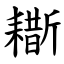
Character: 䎰